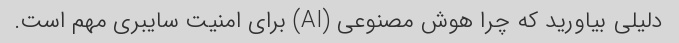
دلیلی بیاورید که چرا هوش مصنوعی (AI) برای امنیت سایبری مهم است.